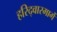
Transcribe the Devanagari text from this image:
हरिद्वारमार्गे